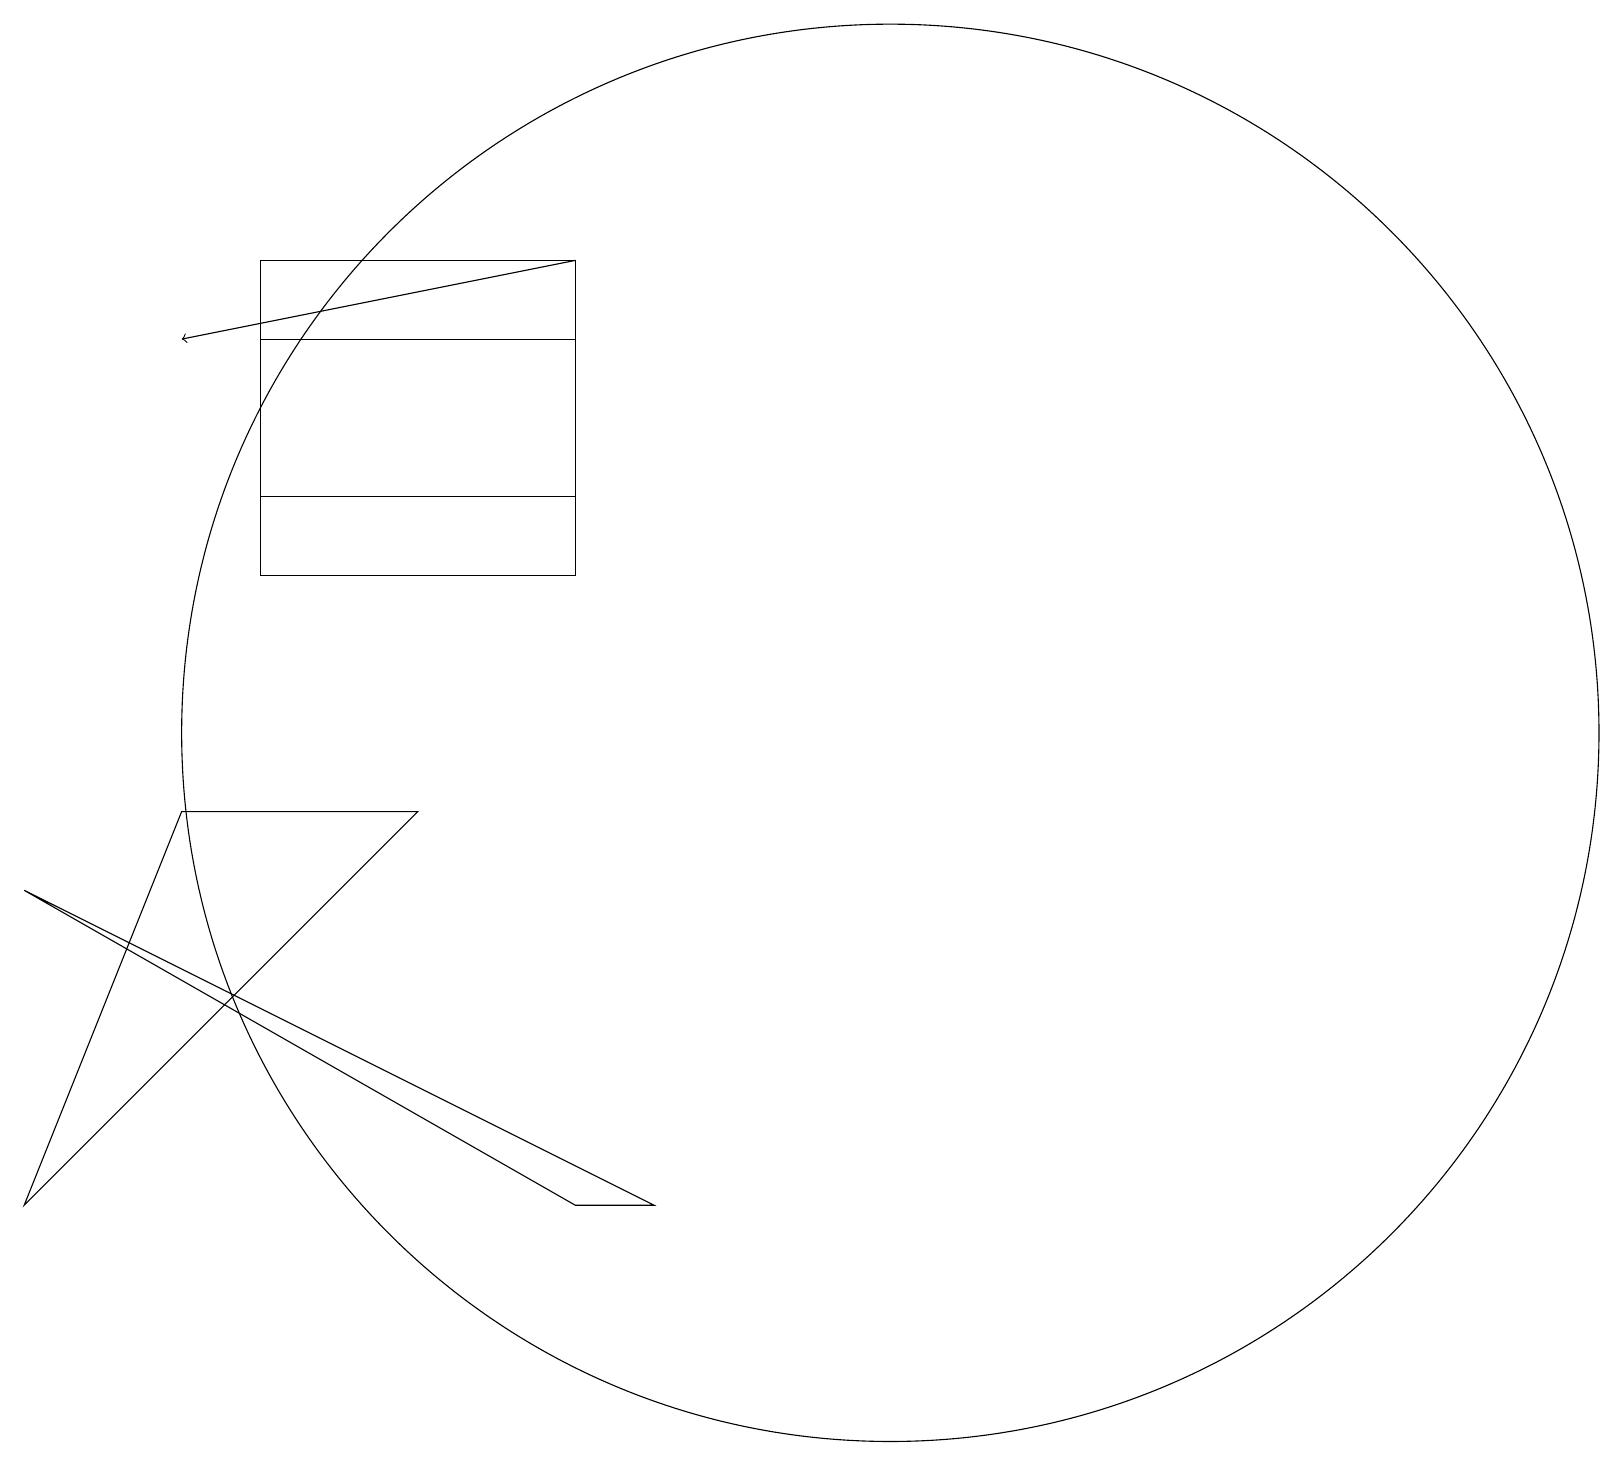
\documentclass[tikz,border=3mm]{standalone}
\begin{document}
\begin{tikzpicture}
\draw (4,16) rectangle (8,12);
\draw[->] (8,16) -- (3,15);
\draw (12,10) circle (9);
\draw (1,4) -- (3,9) -- (6,9) -- cycle;
\draw (8,13) rectangle (4,15);
\draw (9,4) -- (1,8) -- (8,4) -- cycle;
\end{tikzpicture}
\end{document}